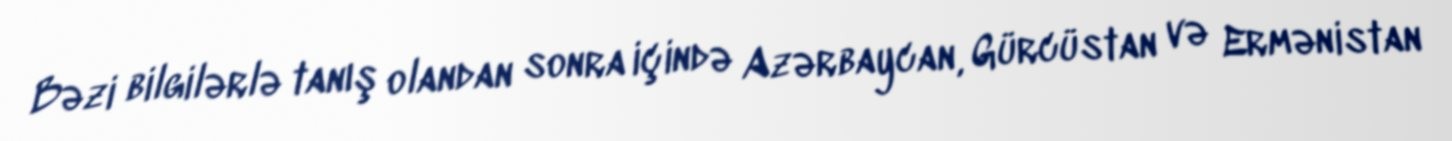
Bəzi bilgilərlə tanış olandan sonra içində Azərbaycan, Gürcüstan və Ermənistan